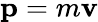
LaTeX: \mathbf{p}=m\mathbf{v}